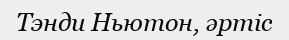
Тэнди Ньютон, әртіс